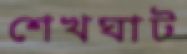
শেখঘাট